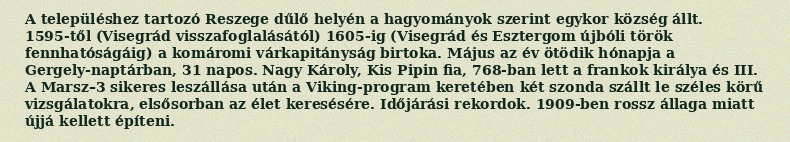
A településhez tartozó Reszege dűlő helyén a hagyományok szerint egykor község állt. 1595-től (Visegrád visszafoglalásától) 1605-ig (Visegrád és Esztergom újbóli török fennhatóságáig) a komáromi várkapitányság birtoka. Május az év ötödik hónapja a Gergely-naptárban, 31 napos. Nagy Károly, Kis Pipin fia, 768-ban lett a frankok királya és III. A Marsz–3 sikeres leszállása után a Viking-program keretében két szonda szállt le széles körű vizsgálatokra, elsősorban az élet keresésére. Időjárási rekordok. 1909-ben rossz állaga miatt újjá kellett építeni.